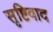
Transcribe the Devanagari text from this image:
सृष्टिवाद